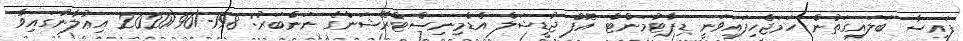
ފައިސާ ބަލައިގަތުން ހަމަޖެހިފައިވަނީ ޑިޕާޓުމަންޓް އޮފް ޖުޑީޝަލް އެޑްމިނިސްޓްރޭޝަންގެ ނަންބަރު: 198-/2020/90 އިޢުލާނުގައިވާ